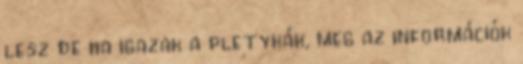
lesz de ha igazak a pletykák, meg az információk